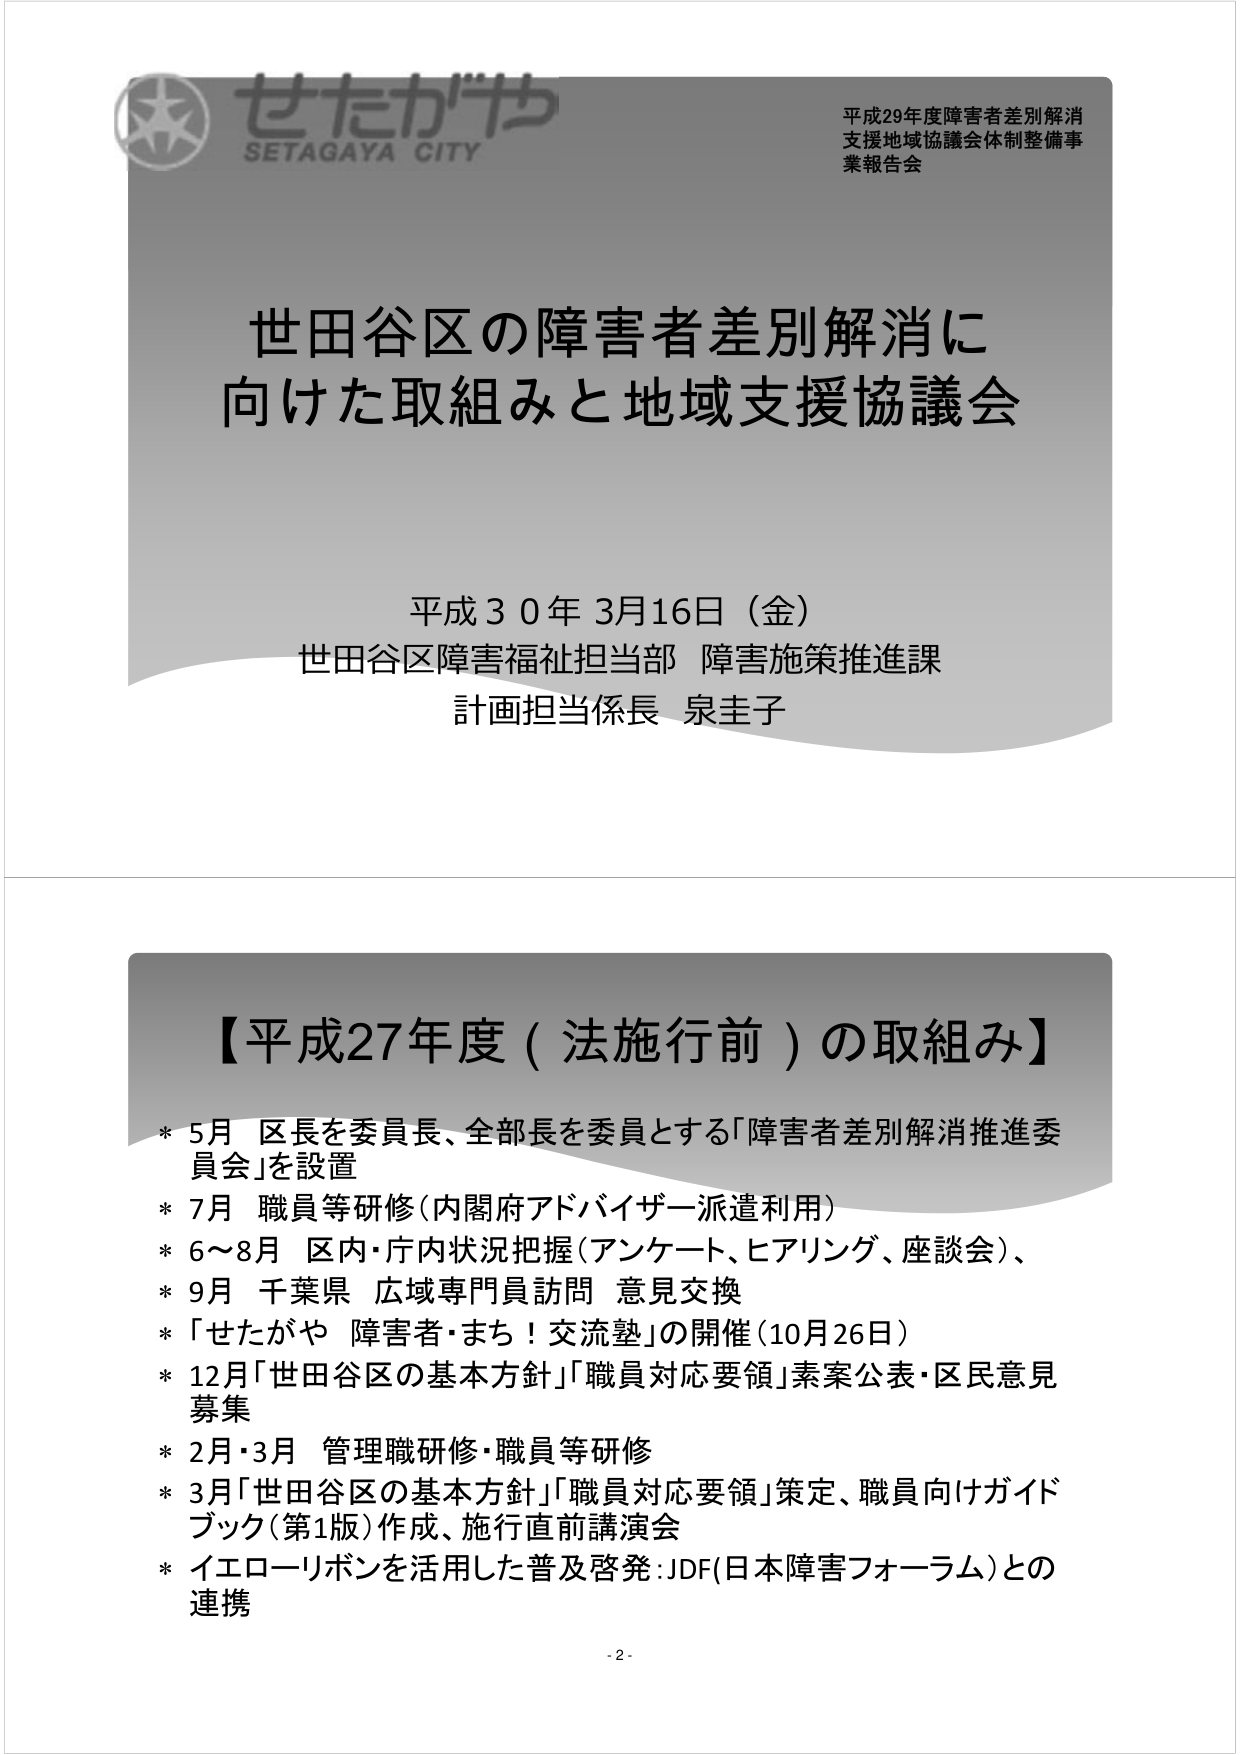
せたがや
SETAGAYA CITY

平成29年度障害者差別解消
支援地域協議会体制整備事
業報告会

世田谷区の障害者差別解消に
向けた取組みと地域支援協議会

平成30年3月16日（金）
世田谷区障害福祉担当部 障害施策推進課
計画担当係長 泉圭子

【平成27年度（法施行前）の取組み】
* 5月 区長を委員長、全部長を委員とする「障害者差別解消推進委員会」を設置
* 7月 職員等研修（内閣府アドバイザー派遣利用）
* 6～8月 区内・庁内状況把握（アンケート、ヒアリング、座談会）、
* 9月 千葉県 広域専門員訪問 意見交換
* 「せたがや 障害者・まち！交流塾」の開催（10月26日）
* 12月「世田谷区の基本方針」「職員対応要領」素案公表・区民意見募集
* 2月・3月 管理職研修・職員等研修
* 3月「世田谷区の基本方針」「職員対応要領」策定、職員向けガイドブック（第1版）作成、施行直前講演会
* イエローリボンを活用した普及啓発：JDF（日本障害フォーラム）との連携

- 2 -